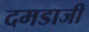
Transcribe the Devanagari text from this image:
दमडाजी